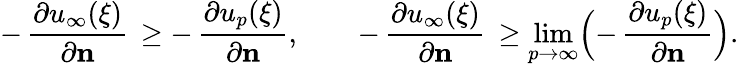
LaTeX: -\, \frac{\partial u_{\infty}(\xi)}{\partial\mathbf{n}}\, \geq-\, \frac{\partial u_{p}(\xi)}{\partial\mathbf{n}},\qquad-\, \frac{\partial u_{\infty}(\xi)}{\partial\mathbf{n}}\, \geq\operatorname*{lim}_{p\to\infty}\Bigl(-\, \frac{\partial u_{p}(\xi)}{\partial\mathbf{n}}\Bigr).